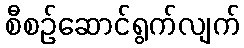
စီစဉ်ဆောင်ရွက်လျက်